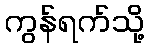
ကွန်ရက်သို့